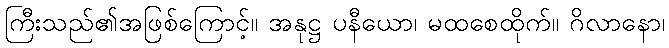
ကြီးသည်၏အဖြစ်ကြောင့်။ အနုဋ္ဌ ပနီယော၊ မထစေထိုက်။ ဂိလာနော၊